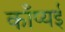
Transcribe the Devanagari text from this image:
काँप्यई